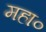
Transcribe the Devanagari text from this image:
महा०